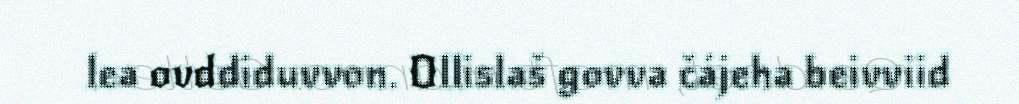
lea ovddiduvvon. Ollislaš govva čájeha beivviid